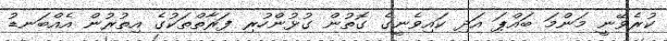
ކުރެވޭނީ މަންމަ ބައްޕަ އަދި ކައިވެނީގެ ގޮތުން ގުޅުންހުރި ފަރާތްތަކުގެ އިތުރުން އެއްބަނޑު